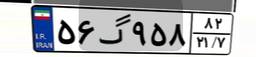
۵۶گ۹۵۸۸۲